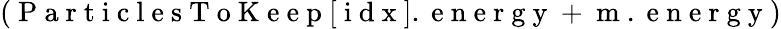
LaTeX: \left(\mathrm{~P~a~r~t~i~c~l~e~s~T~o~K~e~e~p~}[\mathrm{~i~d~x~}].\mathrm{~e~n~e~r~g~y~}+\mathrm{~m~}.\mathrm{~e~n~e~r~g~y~}\right)